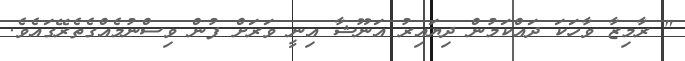
" ރާމިޒާ ވާހަކަ ދައްކަމުން ދިޔައިރު އަނޫޝާ އިނީ ވަރަށް ފުން ވިސްނުމެއްގެތެރޭގައެވެ.